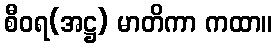
စီဝရ(အဋ္ဌ) မာတိကာ ကထာ။